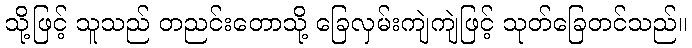
သို့ဖြင့် သူသည် တညင်းတောသို့ ခြေလှမ်းကျဲကျဲဖြင့် သုတ်ခြေတင်သည်။